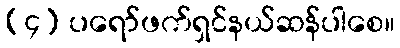
(၄) ပရော်ဖက်ရှင်နယ်ဆန်ပါစေ။